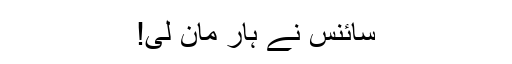
سائنس نے ہار مان لی!